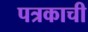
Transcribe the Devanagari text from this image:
पत्रकाची